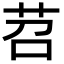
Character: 苕